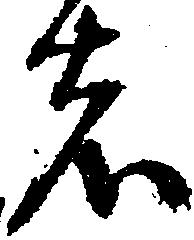
者